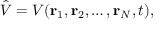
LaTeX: { \hat { V } } = V ( \mathbf { r } _ { 1 } , \mathbf { r } _ { 2 } , \ldots , \mathbf { r } _ { N } , t ) ,